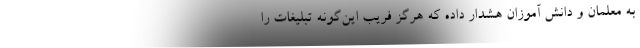
به معلمان و دانش آموزان هشدار داده که هرگز فریب این‌گونه تبلیغات را